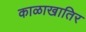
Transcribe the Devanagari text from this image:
काळाखातिर